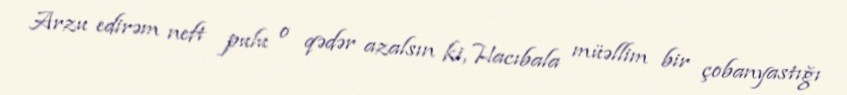
Arzu edirəm neft pulu o qədər azalsın ki, Hacıbala müəllim bir çobanyastığı